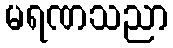
မရဏသညာ